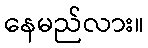
နေမည်လား။